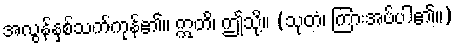
အလွန်နှစ်သက်ကုန်၏။ ဣတိ၊ ဤသို့။ (သုတံ၊ ကြားအပ်ပါ၏။)